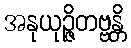
အနုယုဉ္ဇိတဗ္ဗန္တိ